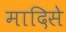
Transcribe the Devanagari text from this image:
मादिसे